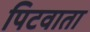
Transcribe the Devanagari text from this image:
पिटवाता